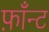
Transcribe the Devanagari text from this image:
फ़ाँन्ट